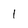
Character: 1